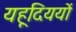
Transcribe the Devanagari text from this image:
यहूदिययों